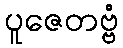
ပူဇေတဗ္ဗံ